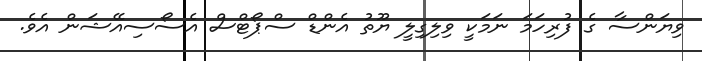
ވިޔަންސާ ގެ ފުރިހަމަ ނަމަކީ ވިލިގިލީ ޔޫތު އެންޑް ސްޕޯޓްސް އެސޯސިއޭޝަން އެވެ.